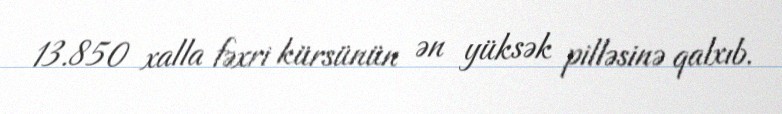
13.850 xalla fəxri kürsünün ən yüksək pilləsinə qalxıb.